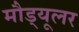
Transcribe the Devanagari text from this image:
मौड्यूलर